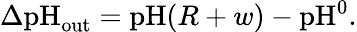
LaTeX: \begin{array}{r}{\Delta\textrm{pH}_{\textrm{out}}=\textrm{pH}(R+w)-\textrm{pH}^{0}.}\end{array}